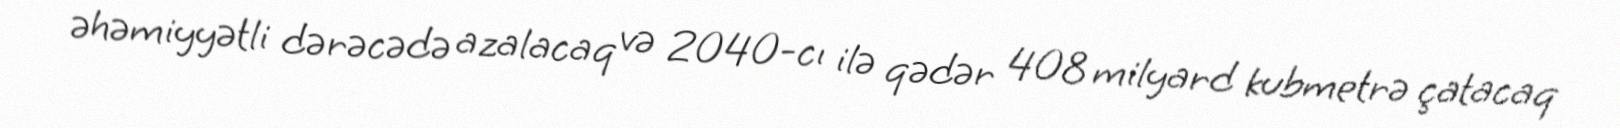
əhəmiyyətli dərəcədə azalacaq və 2040-cı ilə qədər 408 milyard kubmetrə çatacaq